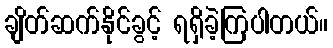
ချိတ်ဆက်နိုင်ခွင့် ရရှိခဲ့ကြပါတယ်။